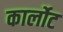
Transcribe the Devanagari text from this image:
कार्लोट